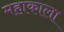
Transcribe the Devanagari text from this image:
महाकाला